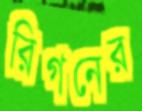
রিগনের